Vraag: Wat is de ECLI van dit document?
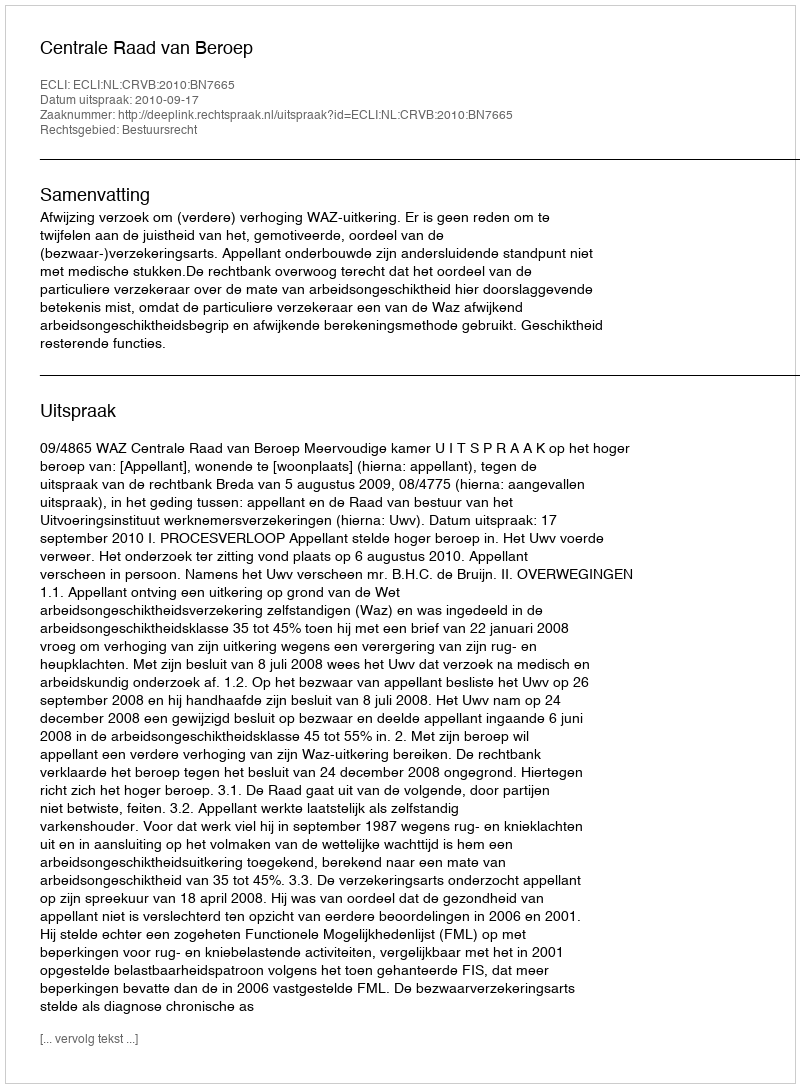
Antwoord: ECLI:NL:CRVB:2010:BN7665